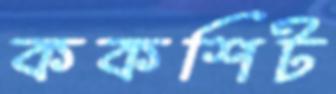
ককশিট